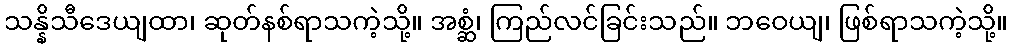
သန္နိသီဒေယျထာ၊ ဆုတ်နစ်ရာသကဲ့သို့။ အစ္ဆံ၊ ကြည်လင်ခြင်းသည်။ ဘဝေယျ၊ ဖြစ်ရာသကဲ့သို့။